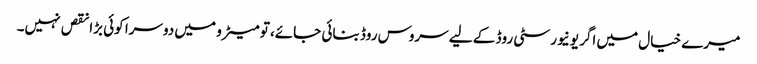
میرے خیال میں اگر یونیورسٹی روڈ کے لیے سروس روڈ بنائی جائے، تو میٹرو میں دوسرا کوئی بڑا نقص نہیں۔